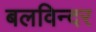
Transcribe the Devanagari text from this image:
बलविन्दर